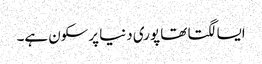
ایسا لگتا تھا پوری دنیا پرسکون ہے۔